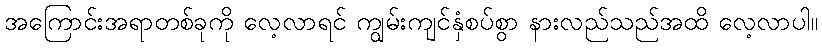
အကြောင်းအရာတစ်ခုကို လေ့လာရင် ကျွမ်းကျင်နှံစပ်စွာ နားလည်သည်အထိ လေ့လာပါ။